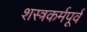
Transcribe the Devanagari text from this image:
शस्त्रकर्मपूर्व